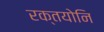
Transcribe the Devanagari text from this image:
रक्तयोनि